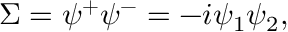
\Sigma = \psi ^ { + } \psi ^ { - } = - i \psi _ { 1 } \psi _ { 2 } ,